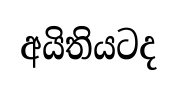
අයිතියටද